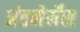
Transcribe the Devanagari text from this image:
अंतनेर्मेंस